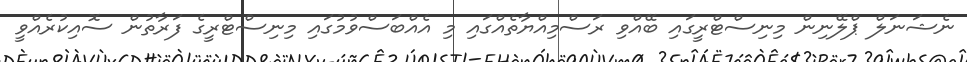
ނެޝަނަލް ޕްލޭނިން މިނިސްޓްރީގައި ބޭއްވި ރަސްމިއްޔާތެއްގައި މި އެއްބަސްވުމުގައި މިނިސްޓްރީގެ ފަރާތުން ސޮއިކުރެއްވީ